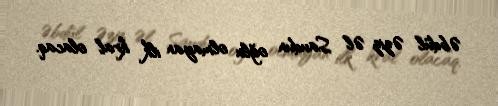
Əbdül Əziz Əl Saudun oğlu olmayan ilk kral olacaq.